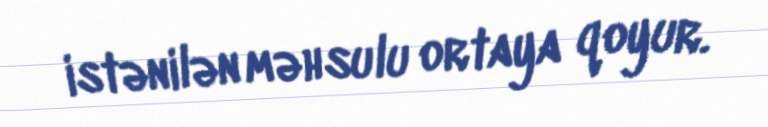
istənilən məhsulu ortaya qoyur.